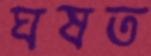
ঘষত